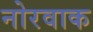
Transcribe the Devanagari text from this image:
नोरवाक